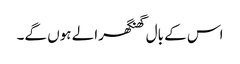
اس کے بال گھنگھرالے ہوں گے۔